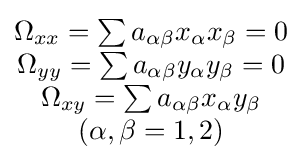
{\begin{matrix}\Omega _{xx}=\sum a_{\alpha \beta }x_{\alpha }x_{\beta }=0\\\Omega _{yy}=\sum a_{\alpha \beta }y_{\alpha }y_{\beta }=0\\\Omega _{xy}=\sum a_{\alpha \beta }x_{\alpha }y_{\beta }\\\left(\alpha ,\beta =1,2\right)\end{matrix}}